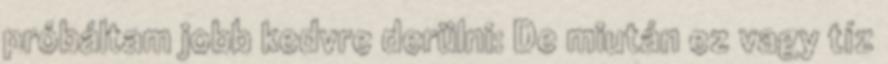
próbáltam jobb kedvre derülni: De miután ez vagy tíz